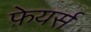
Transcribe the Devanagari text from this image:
फ़ेयर्स